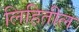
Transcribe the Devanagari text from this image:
लिहितील